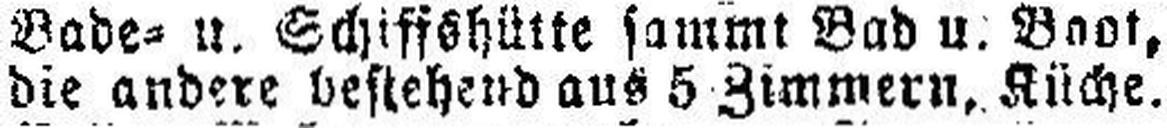
die andere bestehend aus 5 Zimmern, Küche.